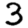
Digit: 3